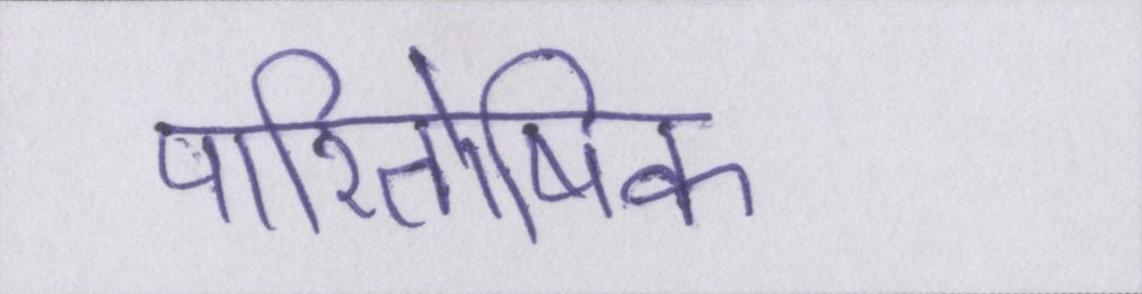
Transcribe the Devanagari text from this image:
पारितोषिक